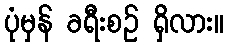
ပုံမှန် ခရီးစဉ် ရှိလား။